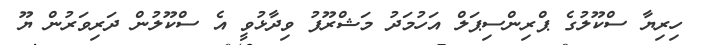
ހިރިޔާ ސްކޫލުގެ ޕްރިންސިޕަލް އަހުމަދު މަޝްރޫފު ވިދާޅުވީ އެ ސްކޫލުން ދަރިވަރުން ޔޫ